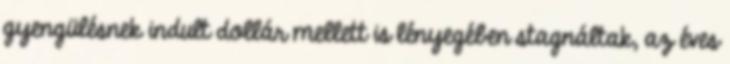
gyengülésnek indult dollár mellett is lényegében stagnáltak, az éves